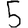
Digit: 5